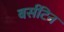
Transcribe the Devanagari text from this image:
बर्सटिन